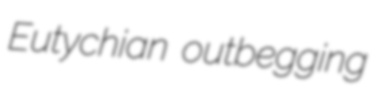
Eutychian outbegging